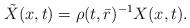
LaTeX: \begin{align*} \tilde{X}(x,t)=\rho(t,\bar{r})^{-1}X(x,t).\end{align*}